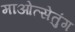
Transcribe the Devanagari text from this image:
माओत्सेतुंग